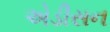
એડીસન